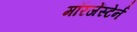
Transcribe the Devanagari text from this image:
मॉरजेंस्टेर्न